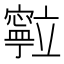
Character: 𮄽